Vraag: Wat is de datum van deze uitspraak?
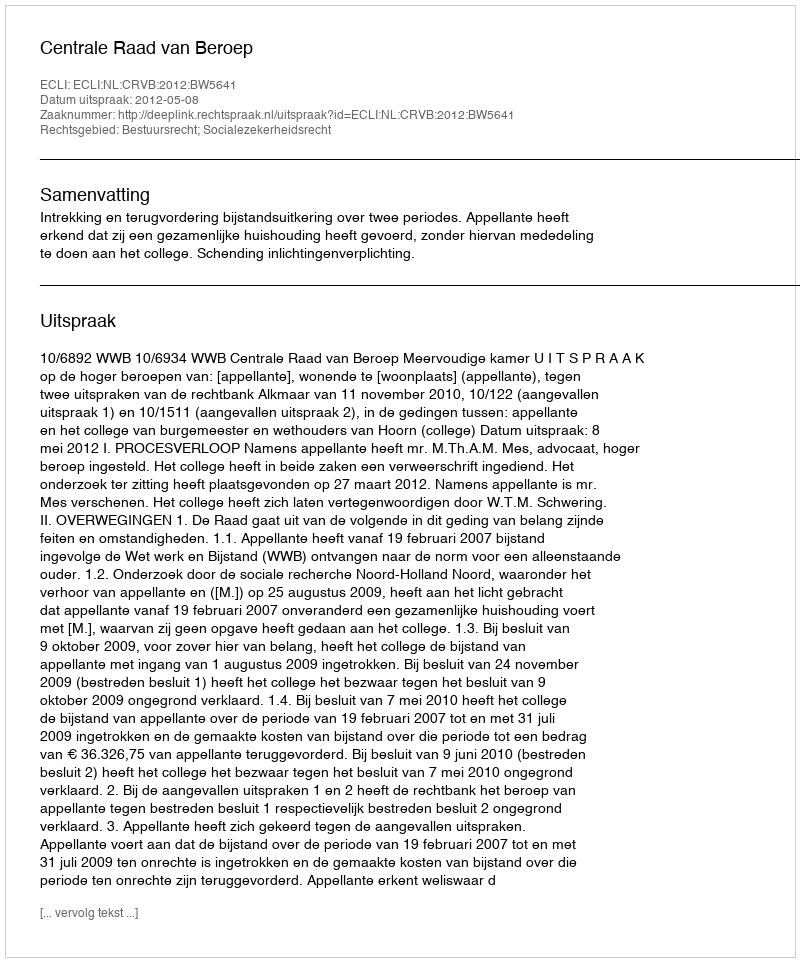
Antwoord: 2012-05-08